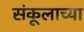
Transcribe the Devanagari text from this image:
संकूलाच्या